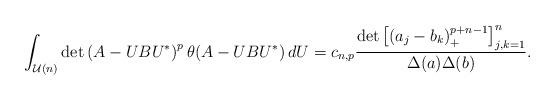
LaTeX: \begin{align*} \int_{\mathcal U(n)} \det \left(A-UBU^*\right)^{p} \theta(A-UBU^*) \, dU= c_{n,p} \frac{\det \left[\left( a_j - b_k\right)_+^{p+n-1} \right]_{j,k=1}^n}{\Delta(a) \Delta(b)}.\end{align*}